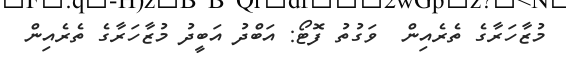
މުޒާހަރާގެ ތެރެއިން  ވަގުތު ފޮޓޯ: އަބްދު އަބީދު މުޒާހަރާގެ ތެރެއިން